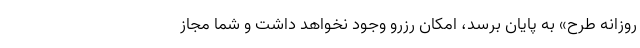
روزانه طرح» به پایان برسد، امکان رزرو وجود نخواهد داشت و شما مجاز